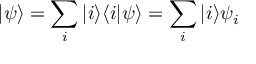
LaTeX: | \psi \rangle = \sum _ { i } | i \rangle \langle i | \psi \rangle = \sum _ { i } | i \rangle \psi _ { i }